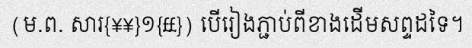
(ម.ព. សារ{¥¥}១{££}) បើរៀងភ្ជាប់ពីខាងដើមសព្ទដទៃ។